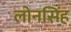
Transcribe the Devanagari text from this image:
लोनसिंह